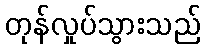
တုန်လှုပ်သွားသည်